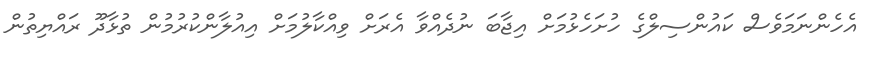
އެހެންނަމަވެސް ކައުންސިލްގެ ހުށަހެޅުމަށް އިޖާބަ ނުދެއްވާ އެރަށް ވިއްކާލުމަށް އިއުލާންކުރުމުން ތުޅާދޫ ރައްޔިތުން